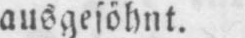
ausgesöhnt.